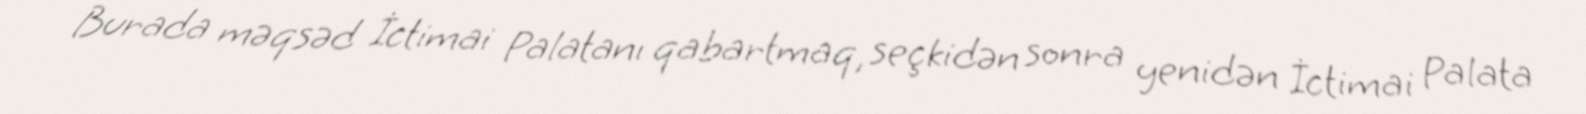
Burada məqsəd İctimai Palatanı qabartmaq, seçkidən sonra yenidən İctimai Palata